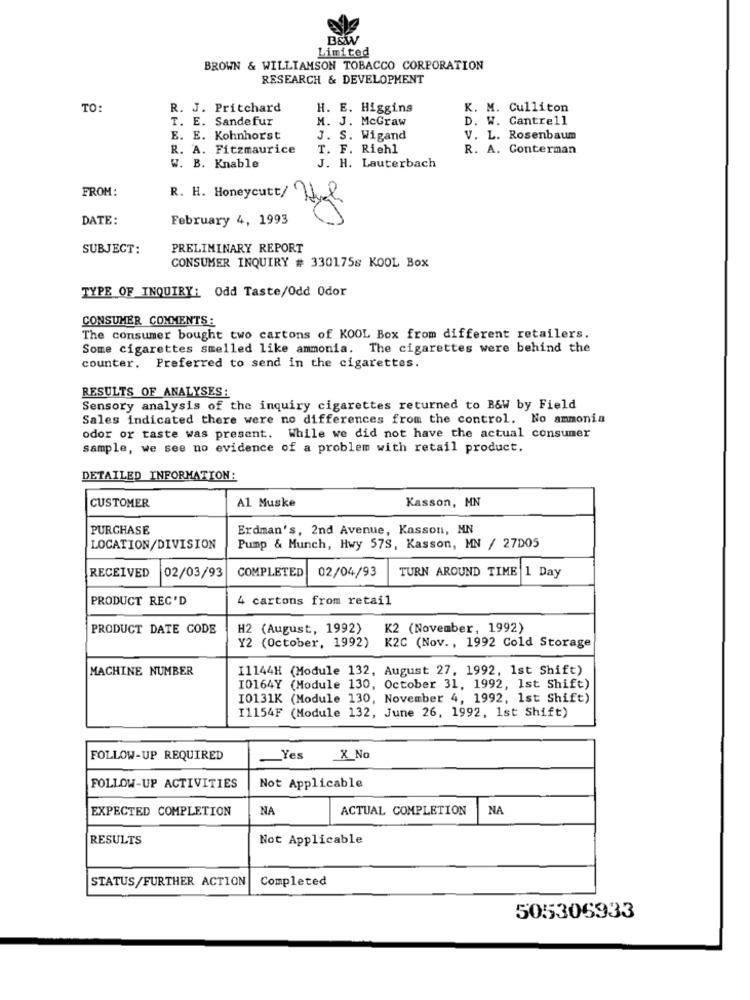
B&W
Limited
BROWN & WILLIAMSON TOBACCO CORPORATION
RESEARCH & DEVELOPMENT
TO:
R. J. Pritchard
H. E. Higgins
K. M. Culliton
T. E. Sandefur
M. J. McGraw
D. W. Cantrell
E. E. Kohnhorst
J. S. Wigand
V. L. Rosenbaum
R. A. Fitzmaurice
T. F. Riehl
R. A. Conterman
J. H. Lauterbach
W. B. Knable
FROM:
R. H. Honeycutt/
DATE:
February 4, 1993
SUBJECT:
PRELIMINARY REPORT
CONSUMER INQUIRY # 330175s KOOL Box
TYPE OF INQUIRY: Odd Taste/Odd Odor
CONSUMER COMMENTS:
The consumer bought two cartons of KOOL Box from different retailers.
Some cigarettes smelled like ammonia. The cigarettes were behind the
counter. Preferred to send in the cigarettes.
RESULTS OF ANALYSES:
Sensory analysis of the inquiry cigarettes returned to B&W by Field
Sales indicated there were no differences from the control. No ammonia
odor or taste was present. While we did not have the actual consumer
sample, we see no evidence of a problem with retail product.
DETAILED INFORMATION:
CUSTOMER
Al Muske
Kasson, MN
PURCHASE
Erdman's, 2nd Avenue, Kasson, MN
LOCATION/DIVISION
Pump & Munch, Hwy 57S, Kasson, MN / 27D05
COMPLETED
02/04/93
TURN AROUND TIME 1 Day
RECEIVED
02/03/93
PRODUCT REC'D
4 cartons from retail
PRODUCT DATE CODE
H2 (August, 1992)
K2 (November, 1992)
Y2 (October, 1992)
K2C (Nov ., 1992 Cold Storage
MACHINE NUMBER
11144H (Module 132, August 27, 1992, 1st Shift)
I0164Y (Module 130, October 31, 1992, 1st Shift)
I0131K (Module 130, November 4, 1992, 1st Shift)
I1154F (Module 132, June 26, 1992, 1st Shift)
FOLLOW-UP REQUIRED
Yes
X No
FOLLOW-UP ACTIVITIES
Not Applicable
EXPECTED COMPLETION
NA
ACTUAL COMPLETION
NA
RESULTS
Not Applicable
STATUS/FURTHER ACTION
Completed
505306933